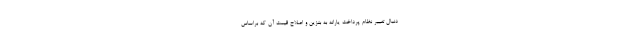
دنبال تغییر نظام پرداخت یارانه به بنزین و اصلاح قیمت آن که براساس